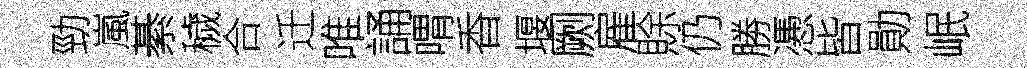
勁嵐綦穢合迁唯誦喟香堰劂雇賖仍勝慿皆勛岷